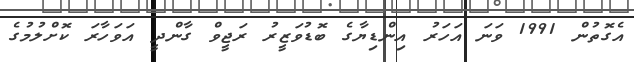
އެގޮތުން 1991 ވަނަ އަހަރު އިންޑިޔާގެ ބޮޑުވަޒީރު ރަޖީވް ގާންދީ އަވަހާރަ ކޮށްލުމުގެ